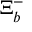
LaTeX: \Xi _ { b } ^ { - }